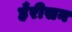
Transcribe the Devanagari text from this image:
हँरीसन